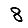
Digit: 8